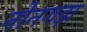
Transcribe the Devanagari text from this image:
नोनगड़ा